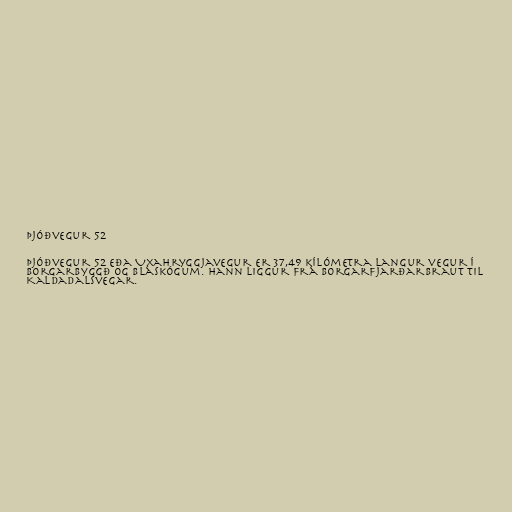
Þjóðvegur 52

Þjóðvegur 52 eða Uxahryggjavegur er 37,49 kílómetra langur vegur í
Borgarbyggð og Bláskógum. Hann liggur frá Borgarfjarðarbraut til
Kaldadalsvegar.